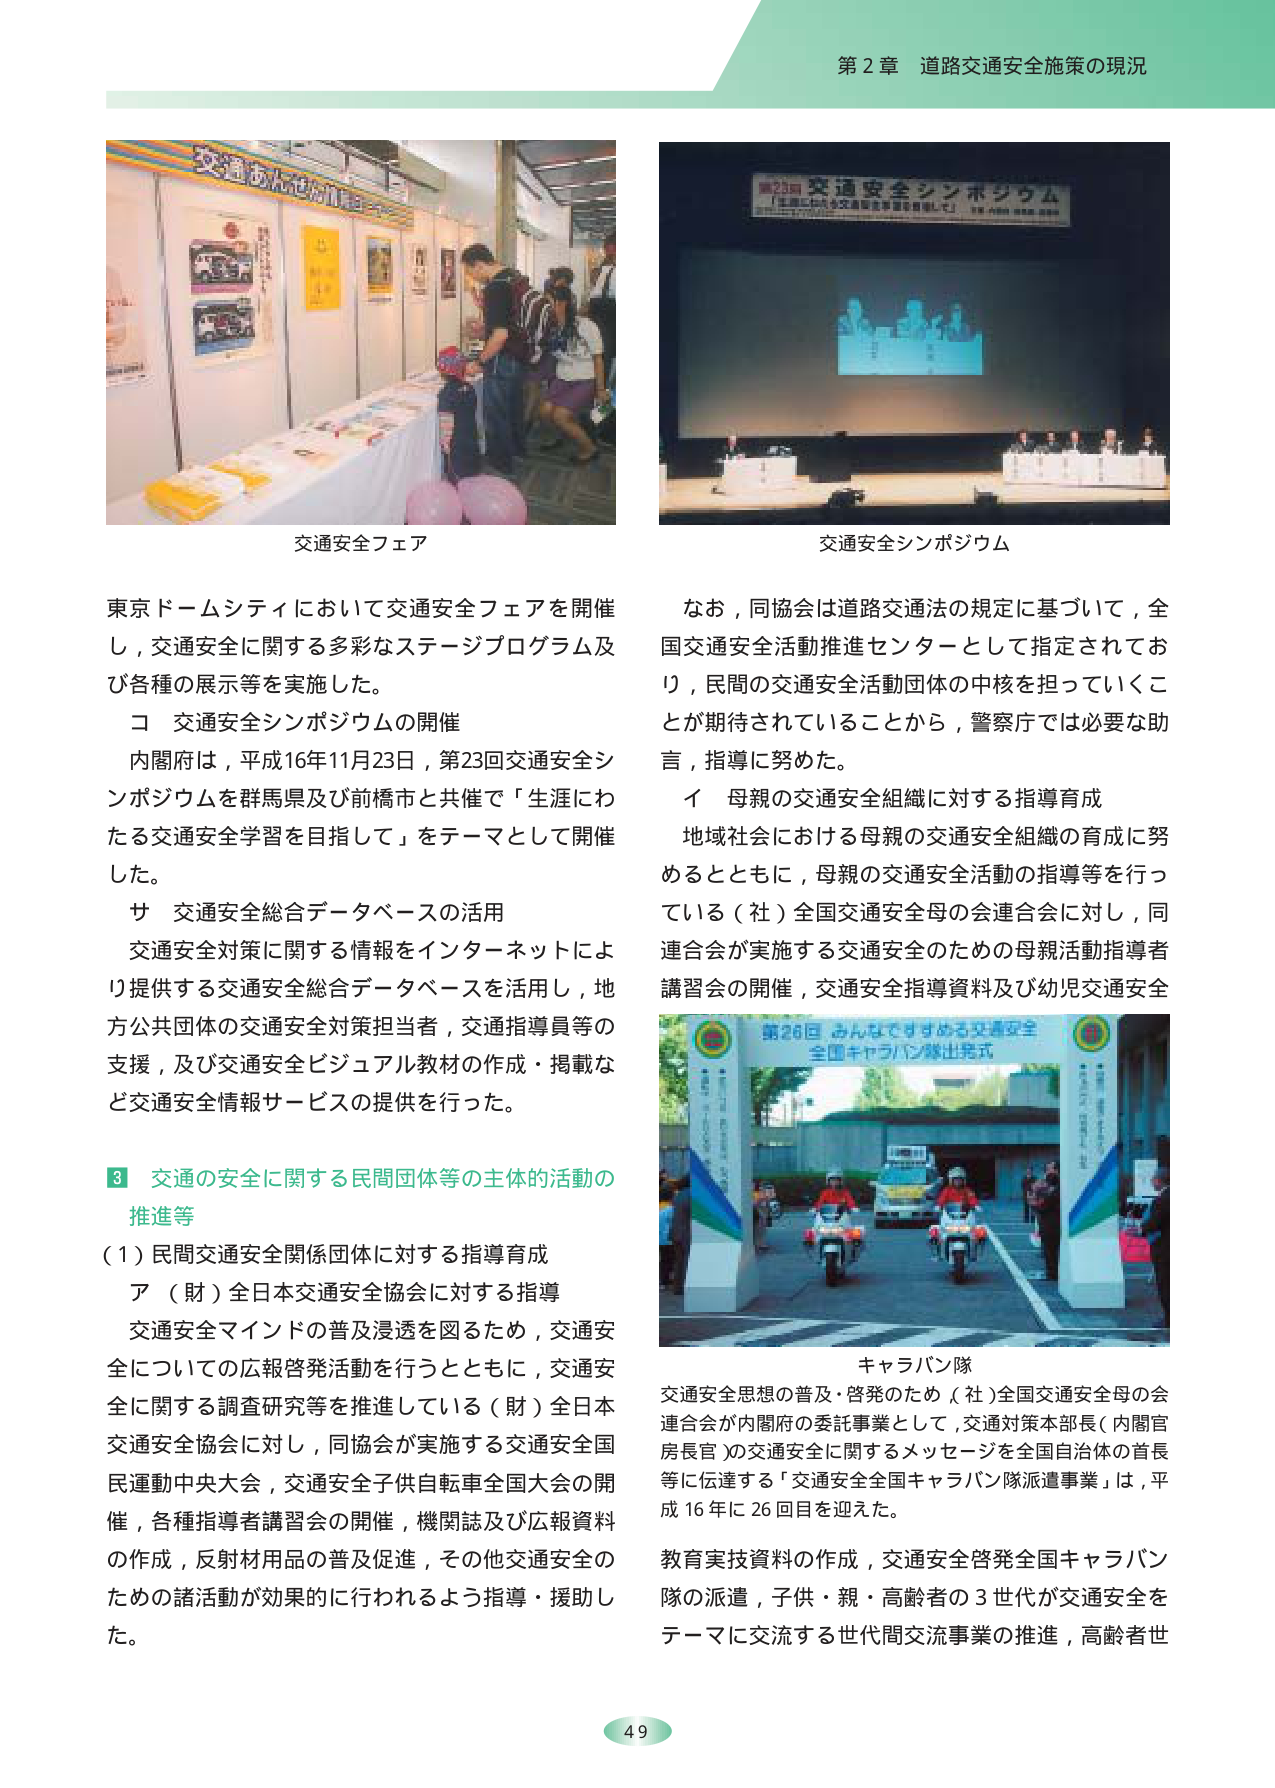
第2章 道路交通安全施策の現況

交通安全フェア

交通安全シンポジウム

東京ドームシティにおいて交通安全フェアを開催し，交通安全に関する多彩なステージプログラム及び各種の展示等を実施した。

コ 交通安全シンポジウムの開催
内閣府は，平成16年11月23日，第23回交通安全シンポジウムを群馬県及び前橋市と共催で「生涯にわたる交通安全学習を目指して」をテーマとして開催した。

サ 交通安全総合データベースの活用
交通安全対策に関する情報をインターネットにより提供する交通安全総合データベースを活用し，地方公共団体の交通安全対策担当者，交通指導員等の支援，及び交通安全ビジュアル教材の作成・掲載など交通安全情報サービスの提供を行った。

3 交通の安全に関する民間団体等の主体的活動の推進等
（1）民間交通安全関係団体に対する指導育成
ア（財）全日本交通安全協会に対する指導
交通安全マインドの普及浸透を図るため，交通安全についての広報啓発活動を行うとともに，交通安全に関する調査研究等を推進している（財）全日本交通安全協会に対し，同協会が実施する交通安全国民運動中央大会，交通安全子供自転車全国大会の開催，各種指導者講習会の開催，機関誌及び広報資料の作成，反射材用品の普及促進，その他交通安全のための諸活動が効果的に行われるよう指導・援助した。

なお，同協会は道路交通法の規定に基づいて，全国交通安全活動推進センターとして指定されており，民間の交通安全活動団体の中核を担っていくことが期待されていることから，警察庁では必要な助言，指導に努めた。

イ 母親の交通安全組織に対する指導育成
地域社会における母親の交通安全組織の育成に努めるとともに，母親の交通安全活動の指導等を行っている（社）全国交通安全母の会連合会に対し，同連合会が実施する交通安全のための母親活動指導者講習会の開催，交通安全指導資料及び幼児交通安全

キャラバン隊

交通安全思想の普及・啓発のため（社）全国交通安全母の会連合会が内閣府の委託事業として，交通対策本部長（内閣官房長官）の交通安全に関するメッセージを全国自治体の首長等に伝達する「交通安全全国キャラバン隊派遣事業」は，平成16年に26回目を迎えた。

教育実技資料の作成，交通安全啓発全国キャラバン隊の派遣，子供・親・高齢者の3世代が交通安全をテーマに交流する世代間交流事業の推進，高齢者世

49